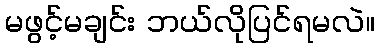
မဖွင့်မချင်း ဘယ်လိုပြင်ရမလဲ။